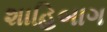
શાહિબાગ